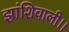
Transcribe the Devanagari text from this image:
झांशिवाली।।